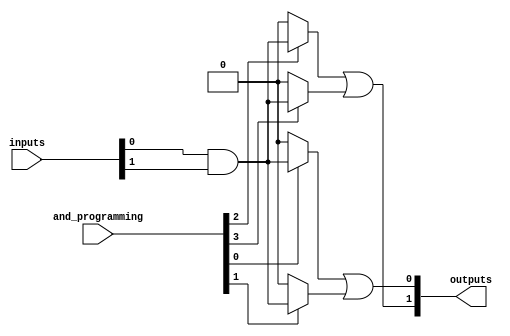
module programmable_array_logic #(
    parameter NUM_INPUTS = 4,         // Number of input lines
    parameter NUM_AND_GATES = 4,      // Number of AND gates
    parameter NUM_OUTPUTS = 2          // Number of output lines
)(
    input wire [NUM_INPUTS-1:0] inputs, // Input lines
    input wire [NUM_AND_GATES-1:0] and_programming, // Programming signals for AND gates
    output wire [NUM_OUTPUTS-1:0] outputs // Output lines
);

    // Internal signals for AND gate outputs
    wire [NUM_AND_GATES-1:0] and_outputs;

    // Programmable AND array
    genvar i, j;
    generate
        for (i = 0; i < NUM_AND_GATES; i = i + 1) begin : and_gate
            // Each AND gate is programmed based on the and_programming signal
            assign and_outputs[i] = 
                (and_programming[i] == 1'b1) ? 
                (inputs[0] & inputs[1]) : // Example: AND of inputs[0] and inputs[1]
                1'b0; // No connection (or logic low)
        end
    endgenerate

    // Fixed OR array
    assign outputs[0] = and_outputs[0] | and_outputs[1]; // Example OR gate combining two AND outputs
    assign outputs[1] = and_outputs[2] | and_outputs[3]; // Another OR gate combining two other AND outputs

endmodule